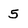
Character: 5